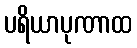
ပရိယာပုဏာထ